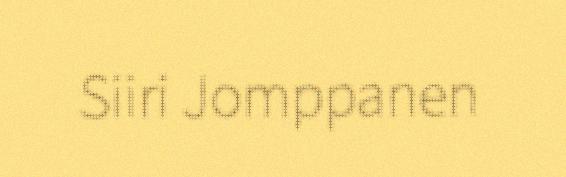
Siiri Jomppanen